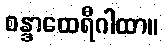
စန္ဒာထေရီဂါထာ။